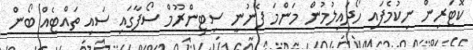
ކޮޓަރިން ނިކުމެފައި ހޯދައިލުމުން މަންމަ ފެނުނީ ސިޓިންރޫމް ސޯފާގައި ސައި ތައްޓެއް ބޯން